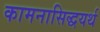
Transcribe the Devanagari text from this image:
कामनासिद्धयर्थ